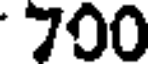
700